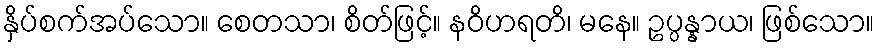
နှိပ်စက်အပ်သော။ စေတသာ၊ စိတ်ဖြင့်။ နဝိဟရတိ၊ မနေ။ ဥပ္ပန္နာယ၊ ဖြစ်သော။